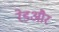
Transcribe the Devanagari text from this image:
रेडऔर